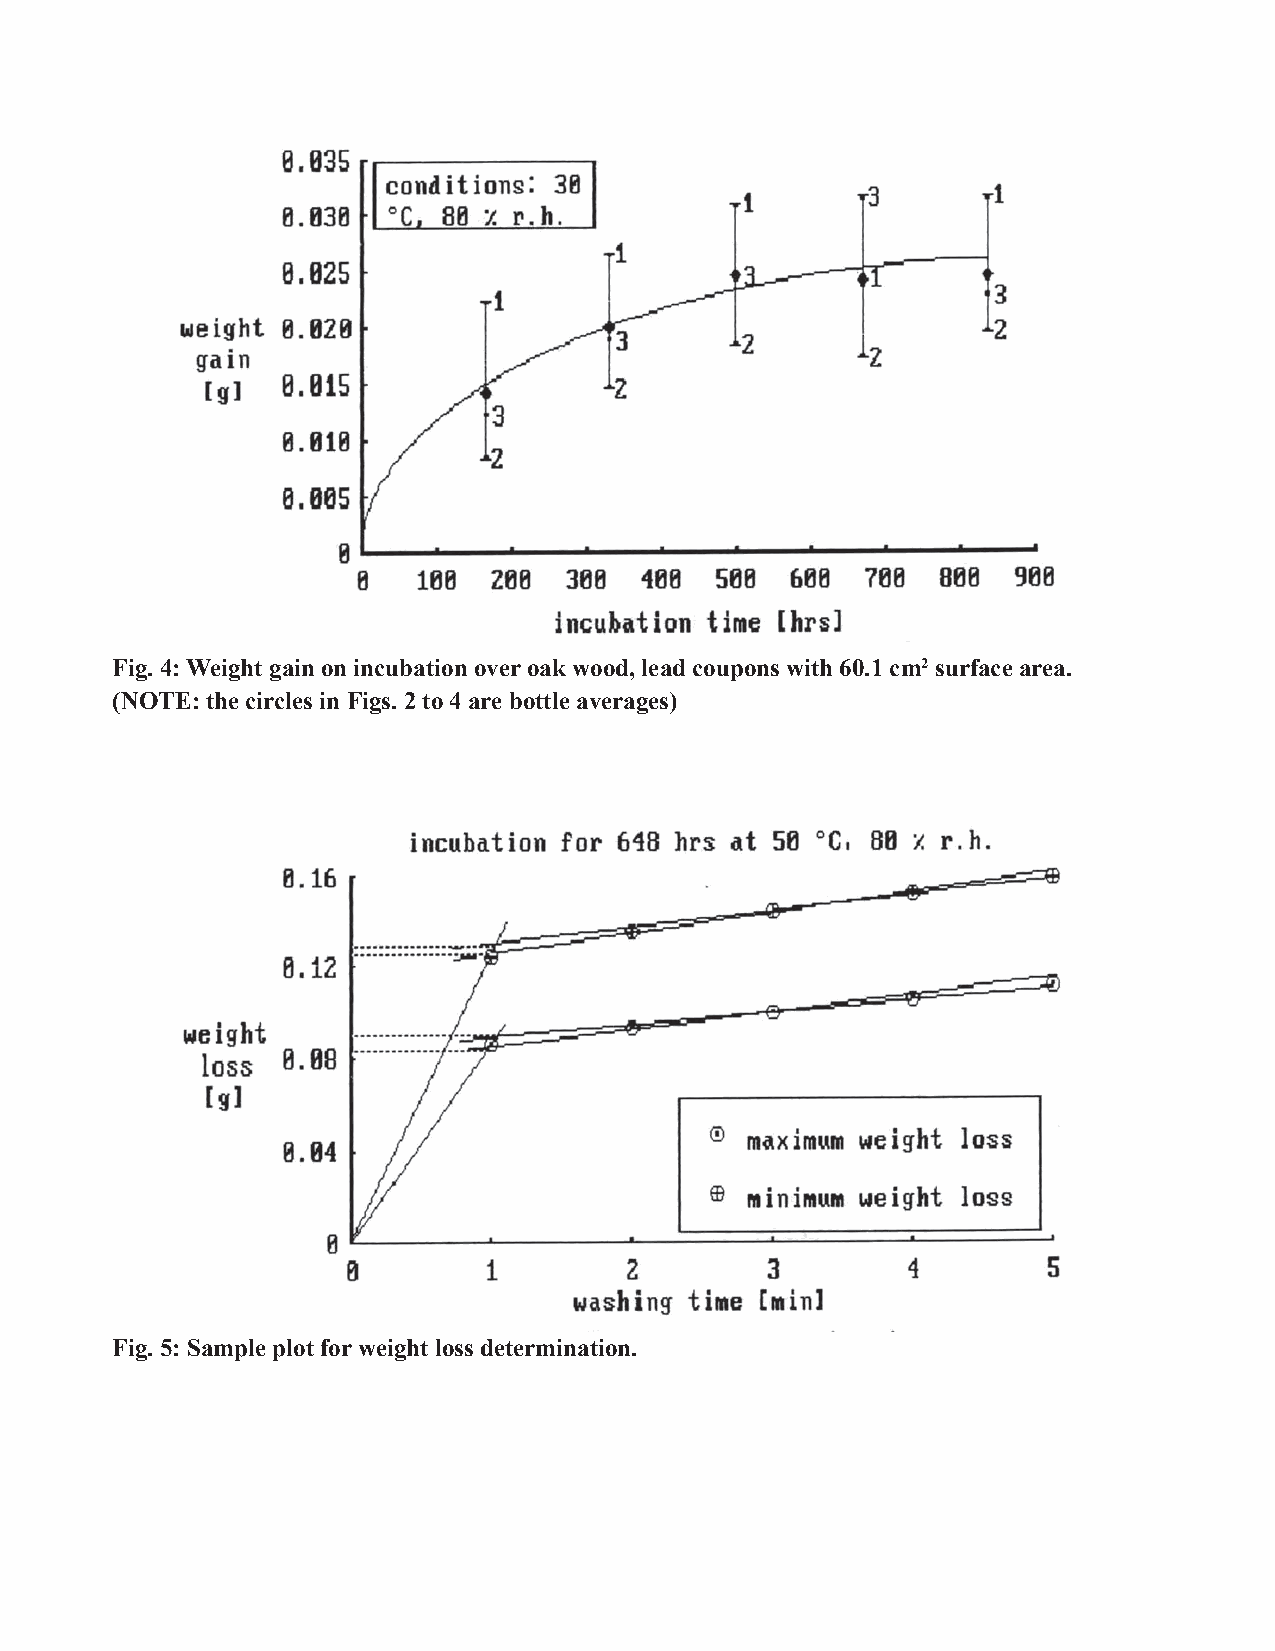
Fig. 4: Weight gain on incubation over oak wood, lead coupons with 60.1 cm2 surface area.
 (NOTE: the circles in Figs. 2 to 4 are bottle averages)
 Fig. 5: Sample plot for weight loss determination.